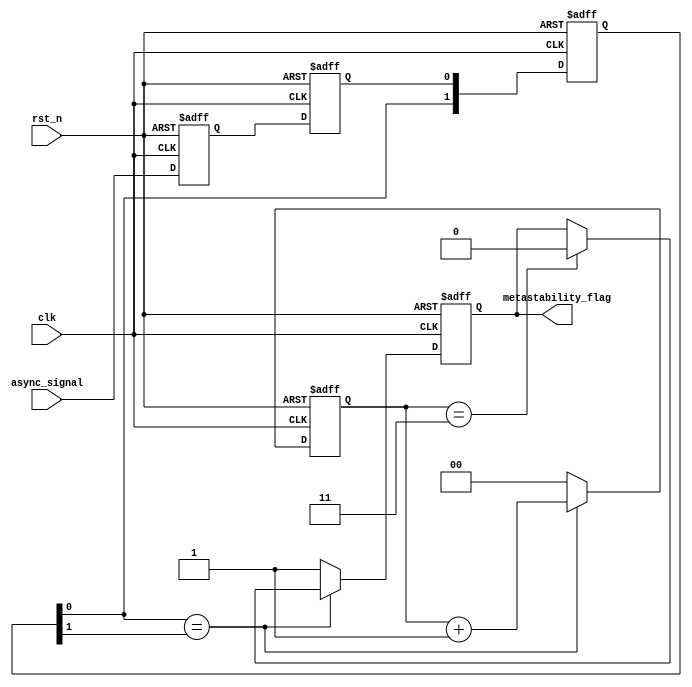
module metastability_detector (
    input wire clk,               // Clock signal
    input wire rst_n,             // Active low reset signal
    input wire async_signal,      // Asynchronous input signal
    output reg metastability_flag  // Output indicating metastability detection
);

    // Internal signals
    reg latch1_out;               // Output of the first latch
    reg latch2_out;               // Output of the second latch
    reg [1:0] mem_block;          // Memory block to hold the state of latch2_out
    reg [1:0] stable_count;       // Counter to check stability
    reg metastable_detected;      // Flag for metastable detection

    // Latch 1: Sample async_signal on the rising edge of clk
    always @(posedge clk or negedge rst_n) begin
        if (!rst_n) begin
            latch1_out <= 1'b0;
        end else begin
            latch1_out <= async_signal;
        end
    end

    // Latch 2: Sample output of latch1 on the next clock edge
    always @(posedge clk or negedge rst_n) begin
        if (!rst_n) begin
            latch2_out <= 1'b0;
        end else begin
            latch2_out <= latch1_out;
        end
    end

    // Memory block: Store the output of latch2
    always @(posedge clk or negedge rst_n) begin
        if (!rst_n) begin
            mem_block <= 2'b00; // Initialize memory block
        end else begin
            mem_block <= {mem_block[0], latch2_out}; // Shift in latch2_out
        end
    end

    // Metastability detection logic
    always @(posedge clk or negedge rst_n) begin
        if (!rst_n) begin
            metastability_flag <= 1'b0;
            stable_count <= 2'b00;
            metastable_detected <= 1'b0;
        end else begin
            // Check if the output of the memory block is stable
            if (mem_block[0] == mem_block[1]) begin
                stable_count <= stable_count + 1'b1; // Increment stable count
                if (stable_count == 2'b11) begin // If stable for 3 cycles
                    metastability_flag <= 1'b0; // Clear metastability flag
                end
            end else begin
                stable_count <= 2'b00; // Reset stable count
                metastability_flag <= 1'b1; // Set metastability flag
            end
        end
    end

endmodule